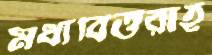
মধ্যবিত্তরাই